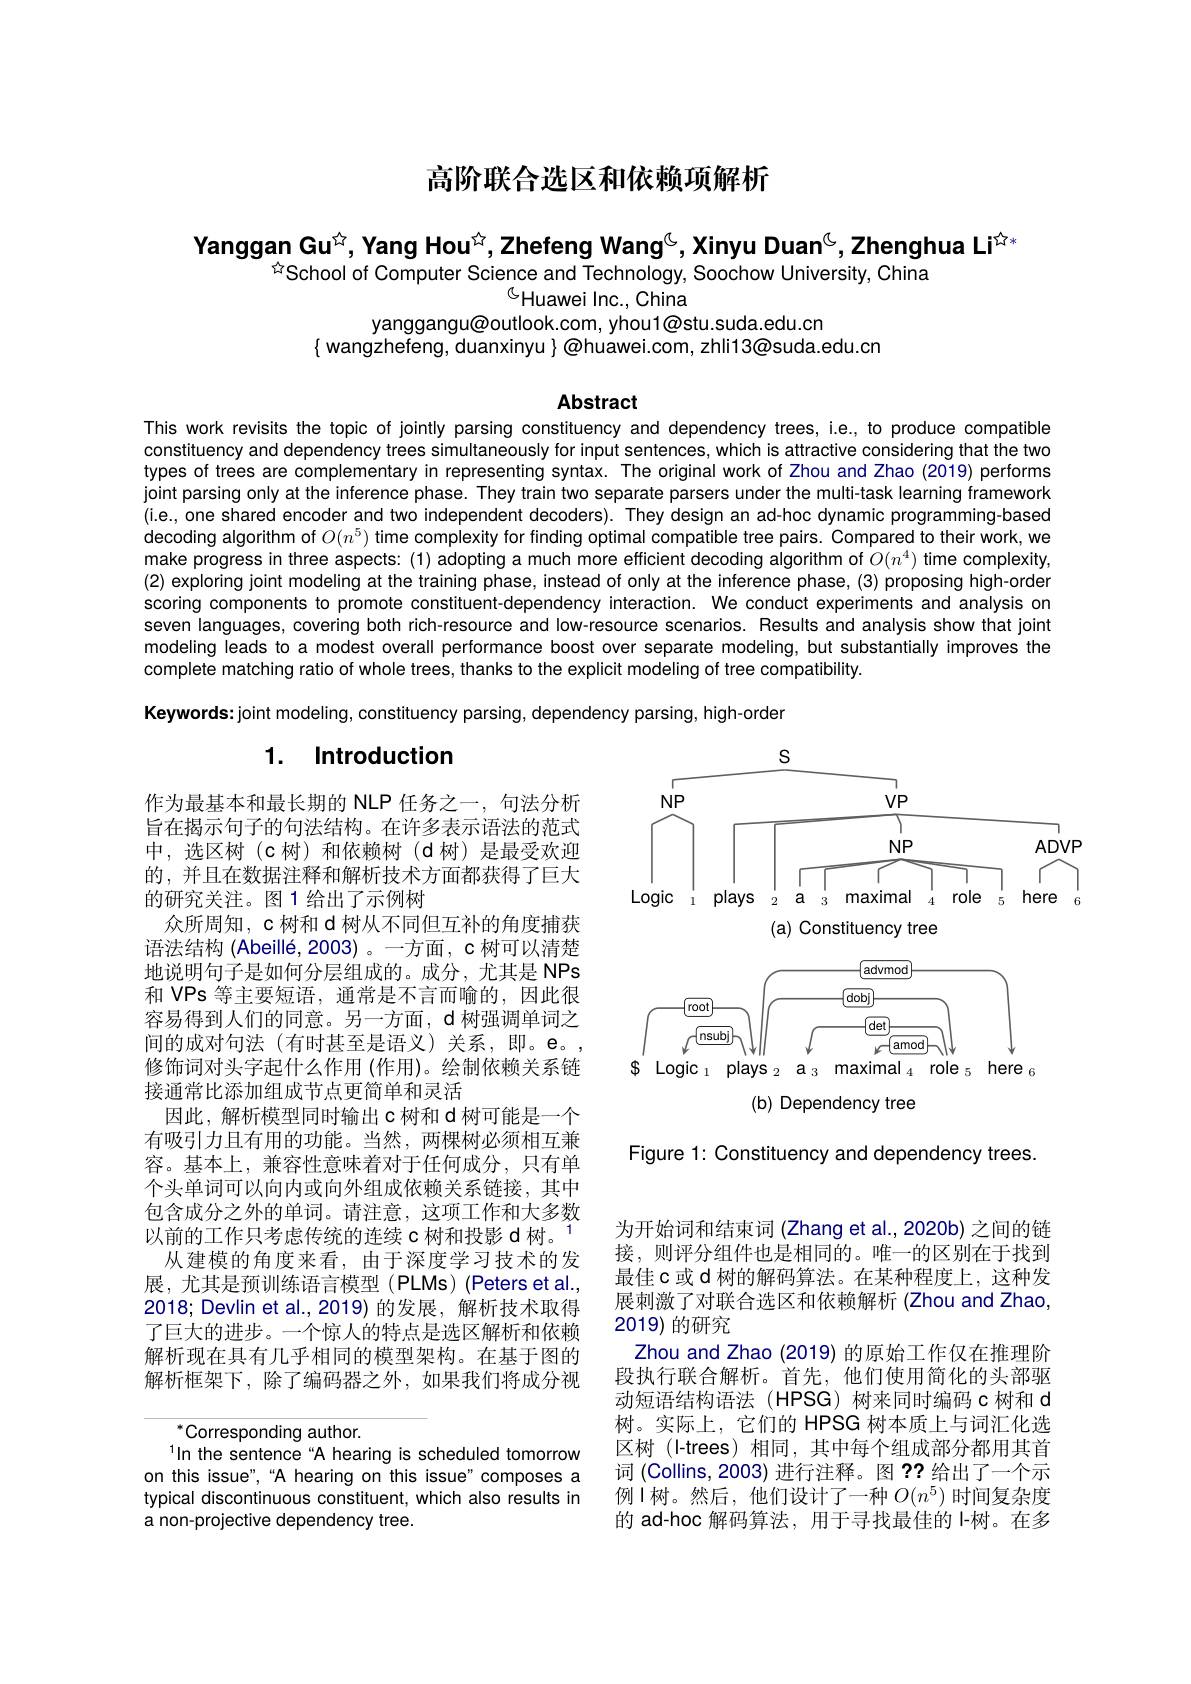
高阶联合选区和依赖项解析

Yanggan Gu$^{\textcircled{\mathrm{z}}}$,Yang Hou$^{\textcircled{\mathrm{z}}}$,Zhefeng Wang$^{\textcircled{\mathrm{c}}}$,Xinyu Duan$^{\textcircled{\mathrm{c}}}$,Zhenghua Li$^{\textcircled{\mathrm{x}}}$
$\hat{x}$School of Computer Science and Technology, Soochow University, China
$^{\textcircled{\mathrm{T}}}$Huawei Inc., China

yanggangu@outlook.com, yhou1@stu.suda.edu.cn
$\{$ wangzhefeng, duanxinyu $\}\textcircled{\text{@huawei.com, zhli}13\text{@suda.edu.cn}}$

Abstract

This work revisits the topic of jointly parsing constituency and dependency trees, i.e., to produce compatible constituency and dependency trees simultaneously for input sentences, which is attractive considering that the two types of trees are complementary in representing syntax. The original work of Zhou and Zhao (2019) performs joint parsing only at the inference phase. They train two separate parsers under the multi-task learning framework (i.e., one shared encoder and two independent decoders). They design an ad-hoc dynamic programming-based decoding algorithm of $O(n^5)$ time complexity for finding optimal compatible tree pairs. Compared to their work, we make progress in three aspects: (1) adopting a much more efficient decoding algorithm of $O(n^4)$ time complexity, (2) exploring joint modeling at the training phase, instead of only at the inference phase, (3) proposing high-order scoring components to promote constituent-dependency interaction. We conduct experiments and analysis on seven languages, covering both rich-resource and low-resource scenarios. Results and analysis show that joint modeling leads to a modest overall performance boost over separate modeling, but substantially improves the complete matching ratio of whole trees, thanks to the explicit modeling of tree compatibility.
Keywords: joint modeling, constituency parsing, dependency parsing, high-order

# 1. Introduction

<FigureHere>

(b) Dependency tree

作为最基本和最长期的 NLP 任务之一，句法分析旨在揭示句子的句法结构。在许多表示语法的范式中，选区树(c树)和依赖树(d树)是最受欢迎的，并且在数据注释和解析技术方面都获得了巨大的研究关注。图1 给出了示例树
众所周知，c 树和 d 树从不同但互补的角度捕获语法结构 (Abeillé, 2003)。一方面，c 树可以清楚地说明句子是如何分层组成的。成分，尤其是 NPs 和 VPs 等主要短语，通常是不言而喻的，因此很容易得到人们的同意。另一方面，d 树强调单词之间的成对句法(有时甚至是语义)关系，即。e。, 修饰词对头字起什么作用(作用)。绘制依赖关系链接通常比添加组成节点更简单和灵活
因此，解析模型同时输出c树和 d 树可能是一个有吸引力且有用的功能。当然，两棵树必须相互兼容。基本上，兼容性意味着对于任何成分，只有单个头单词可以向内或向外组成依赖关系链接，其中包含成分之外的单词。请注意，这项工作和大多数以前的工作只考虑传统的连续 c 树和投影 d 树。1从建模的角度来看，由于深度学习技术的发
展，尤其是预训练语言模型(PLMs)(Peters et al., 2018; Devlin et al.,2019)的发展，解析技术取得了巨大的进步。一个惊人的特点是选区解析和依赖解析现在具有几乎相同的模型架构。在基于图的解析框架下，除了编码器之外，如果我们将成分视

Figure 1: Constituency and dependency trees.

为开始词和结束词 (Zhang et al., 2020b) 之间的链接，则评分组件也是相同的。唯一的区别在于找到最佳$\mathfrak{c}$ 或 d 树的解码算法。在某种程度上，这种发展刺激了对联合选区和依赖解析 (Zhou and Zhao, 2019) 的研究
Zhou and Zhao (2019) 的原始工作仅在推理阶段执行联合解析。首先，他们使用简化的头部驱动短语结构语法 (HPSG) 树来同时编码 c 树和 d 树。实际上，它们的 HPSG 树本质上与词汇化选区树(I-trees)相同，其中每个组成部分都用其首词 (Collins, 2003) 进行注释。图？?给出了一个示例I树。然后，他们设计了一种$O(n^5)$时间复杂度的 ad-hoc 解码算法，用于寻找最佳的 I-树。在多

$^{*}$Corresponding author.
1In the sentence“A hearing is scheduled tomorrow on this issue",“A hearing on this issue" composes a typical discontinuous constituent, which also results in a non-projective dependency tree.